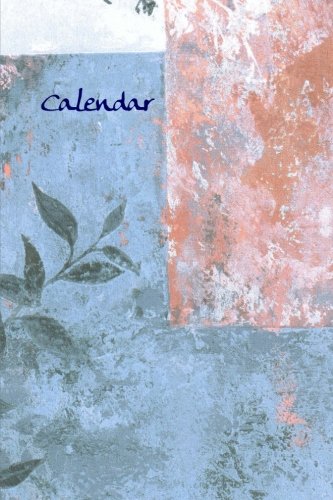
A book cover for Calendar: Twelve Month Blank Calendar; WM Journals; Business & Money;